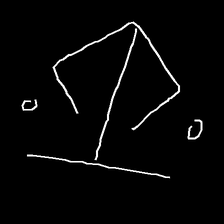
Glyph: earth